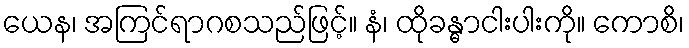
ယေန၊ အကြင်ရာဂစသည်ဖြင့်။ နံ၊ ထိုခန္ဓာငါးပါးကို။ ကောစိ၊